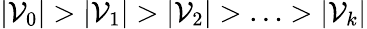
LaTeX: |\mathcal{V}_{0}|>|\mathcal{V}_{1}|>|\mathcal{V}_{2}|>\ldots>|\mathcal{V}_{k}|